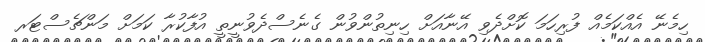
ހިމެނޭ އެއްކަމެއް ފުރިހަމަ ކޮށްދެވި އޭނާއަށް ހިނިތުންވުން ގެނެސްދެވުނީތީ އުފާކުރާ ކަމަށް މަންޗެސްޓަރ